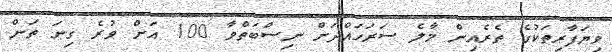
ވިޔަފާރިތަކުގެ ތެރެއިން މާލެ ސަރަހައްދަށް ނިސްބަތްވާ 100 އަށް ވުރެ ގިނަ ތަން